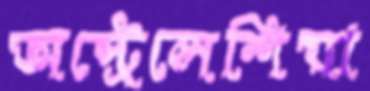
অস্ট্রেলেশিয়া